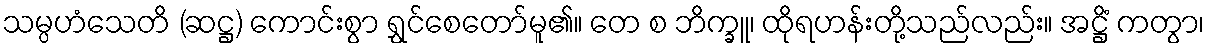
သမ္ပဟံသေတိ (ဆဋ္ဌ) ကောင်းစွာ ရွှင်စေတော်မူ၏။ တေ စ ဘိက္ခူ၊ ထိုရဟန်းတို့သည်လည်း။ အဋ္ဌိံ ကတွာ၊